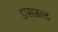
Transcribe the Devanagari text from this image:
डासअल्ट